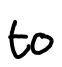
Text: to
Cross-out: clean
Writing tool: digital_black